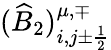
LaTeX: (\widehat B_{2})_{i,j\pm\frac{1}{2}}^{\mu,\mp}